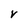
Character: V